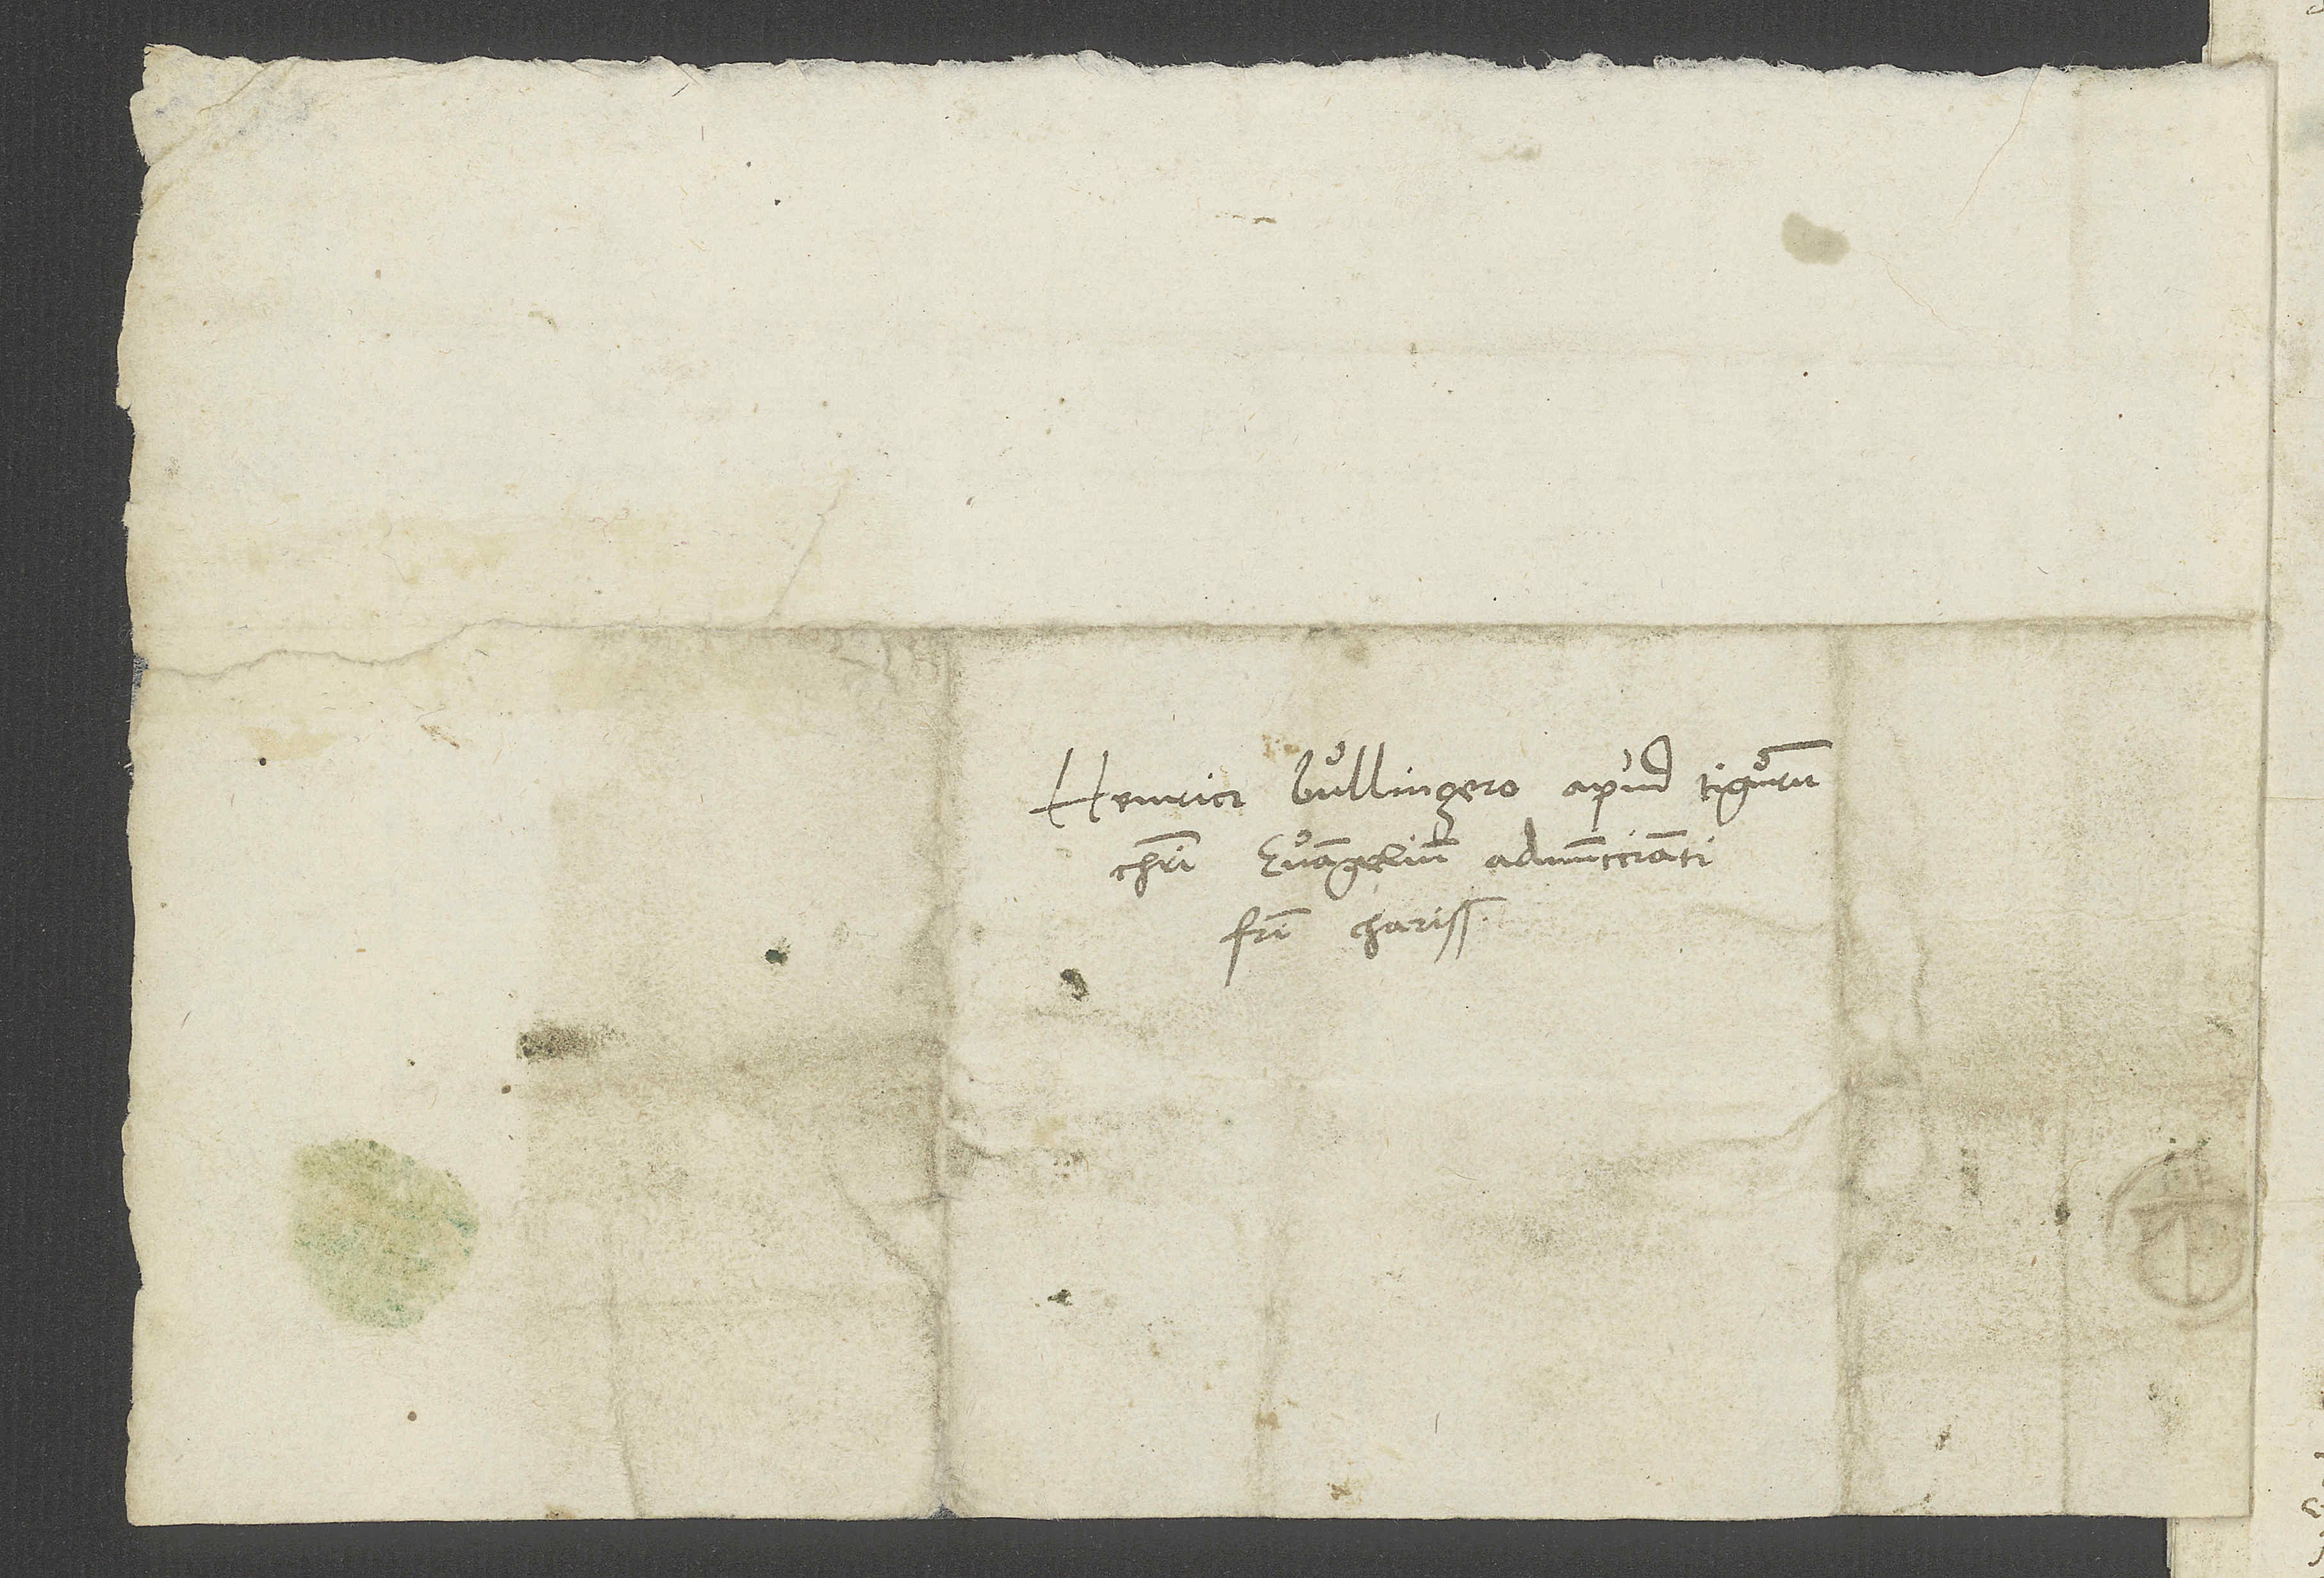
Henrico Bullingero, apud Tigurum
Christi evangelium adnunccianti,
fratri charissimo.